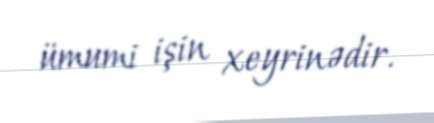
ümumi işin xeyrinədir.